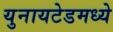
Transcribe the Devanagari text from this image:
युनायटेडमध्ये